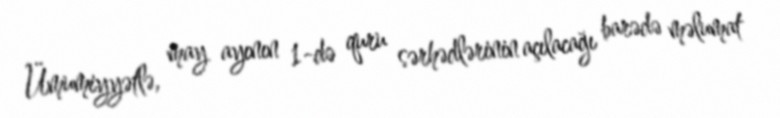
Ümumiyyətlə, may ayının 1-də quru sərhədlərinin açılacağı barədə məlumat